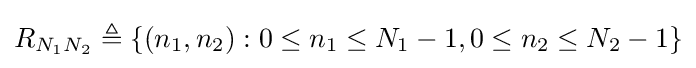
R_{N_{1}N_{2}}\triangleq \{(n_{1},n_{2}):0\leq n_{1}\leq N_{1}-1,0\leq n_{2}\leq N_{2}-1\}